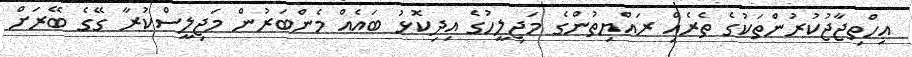
އިހްތިޖާޖުކުރުންތަކުގެ ތެރެއިް ރައްޔިތުންގެ މަޖިލީހުގެ އިދިކޮޅު ބައެއް މެންބަރުން މަޖިލީސްކުރާ ގޭގެ ބޭރަށް